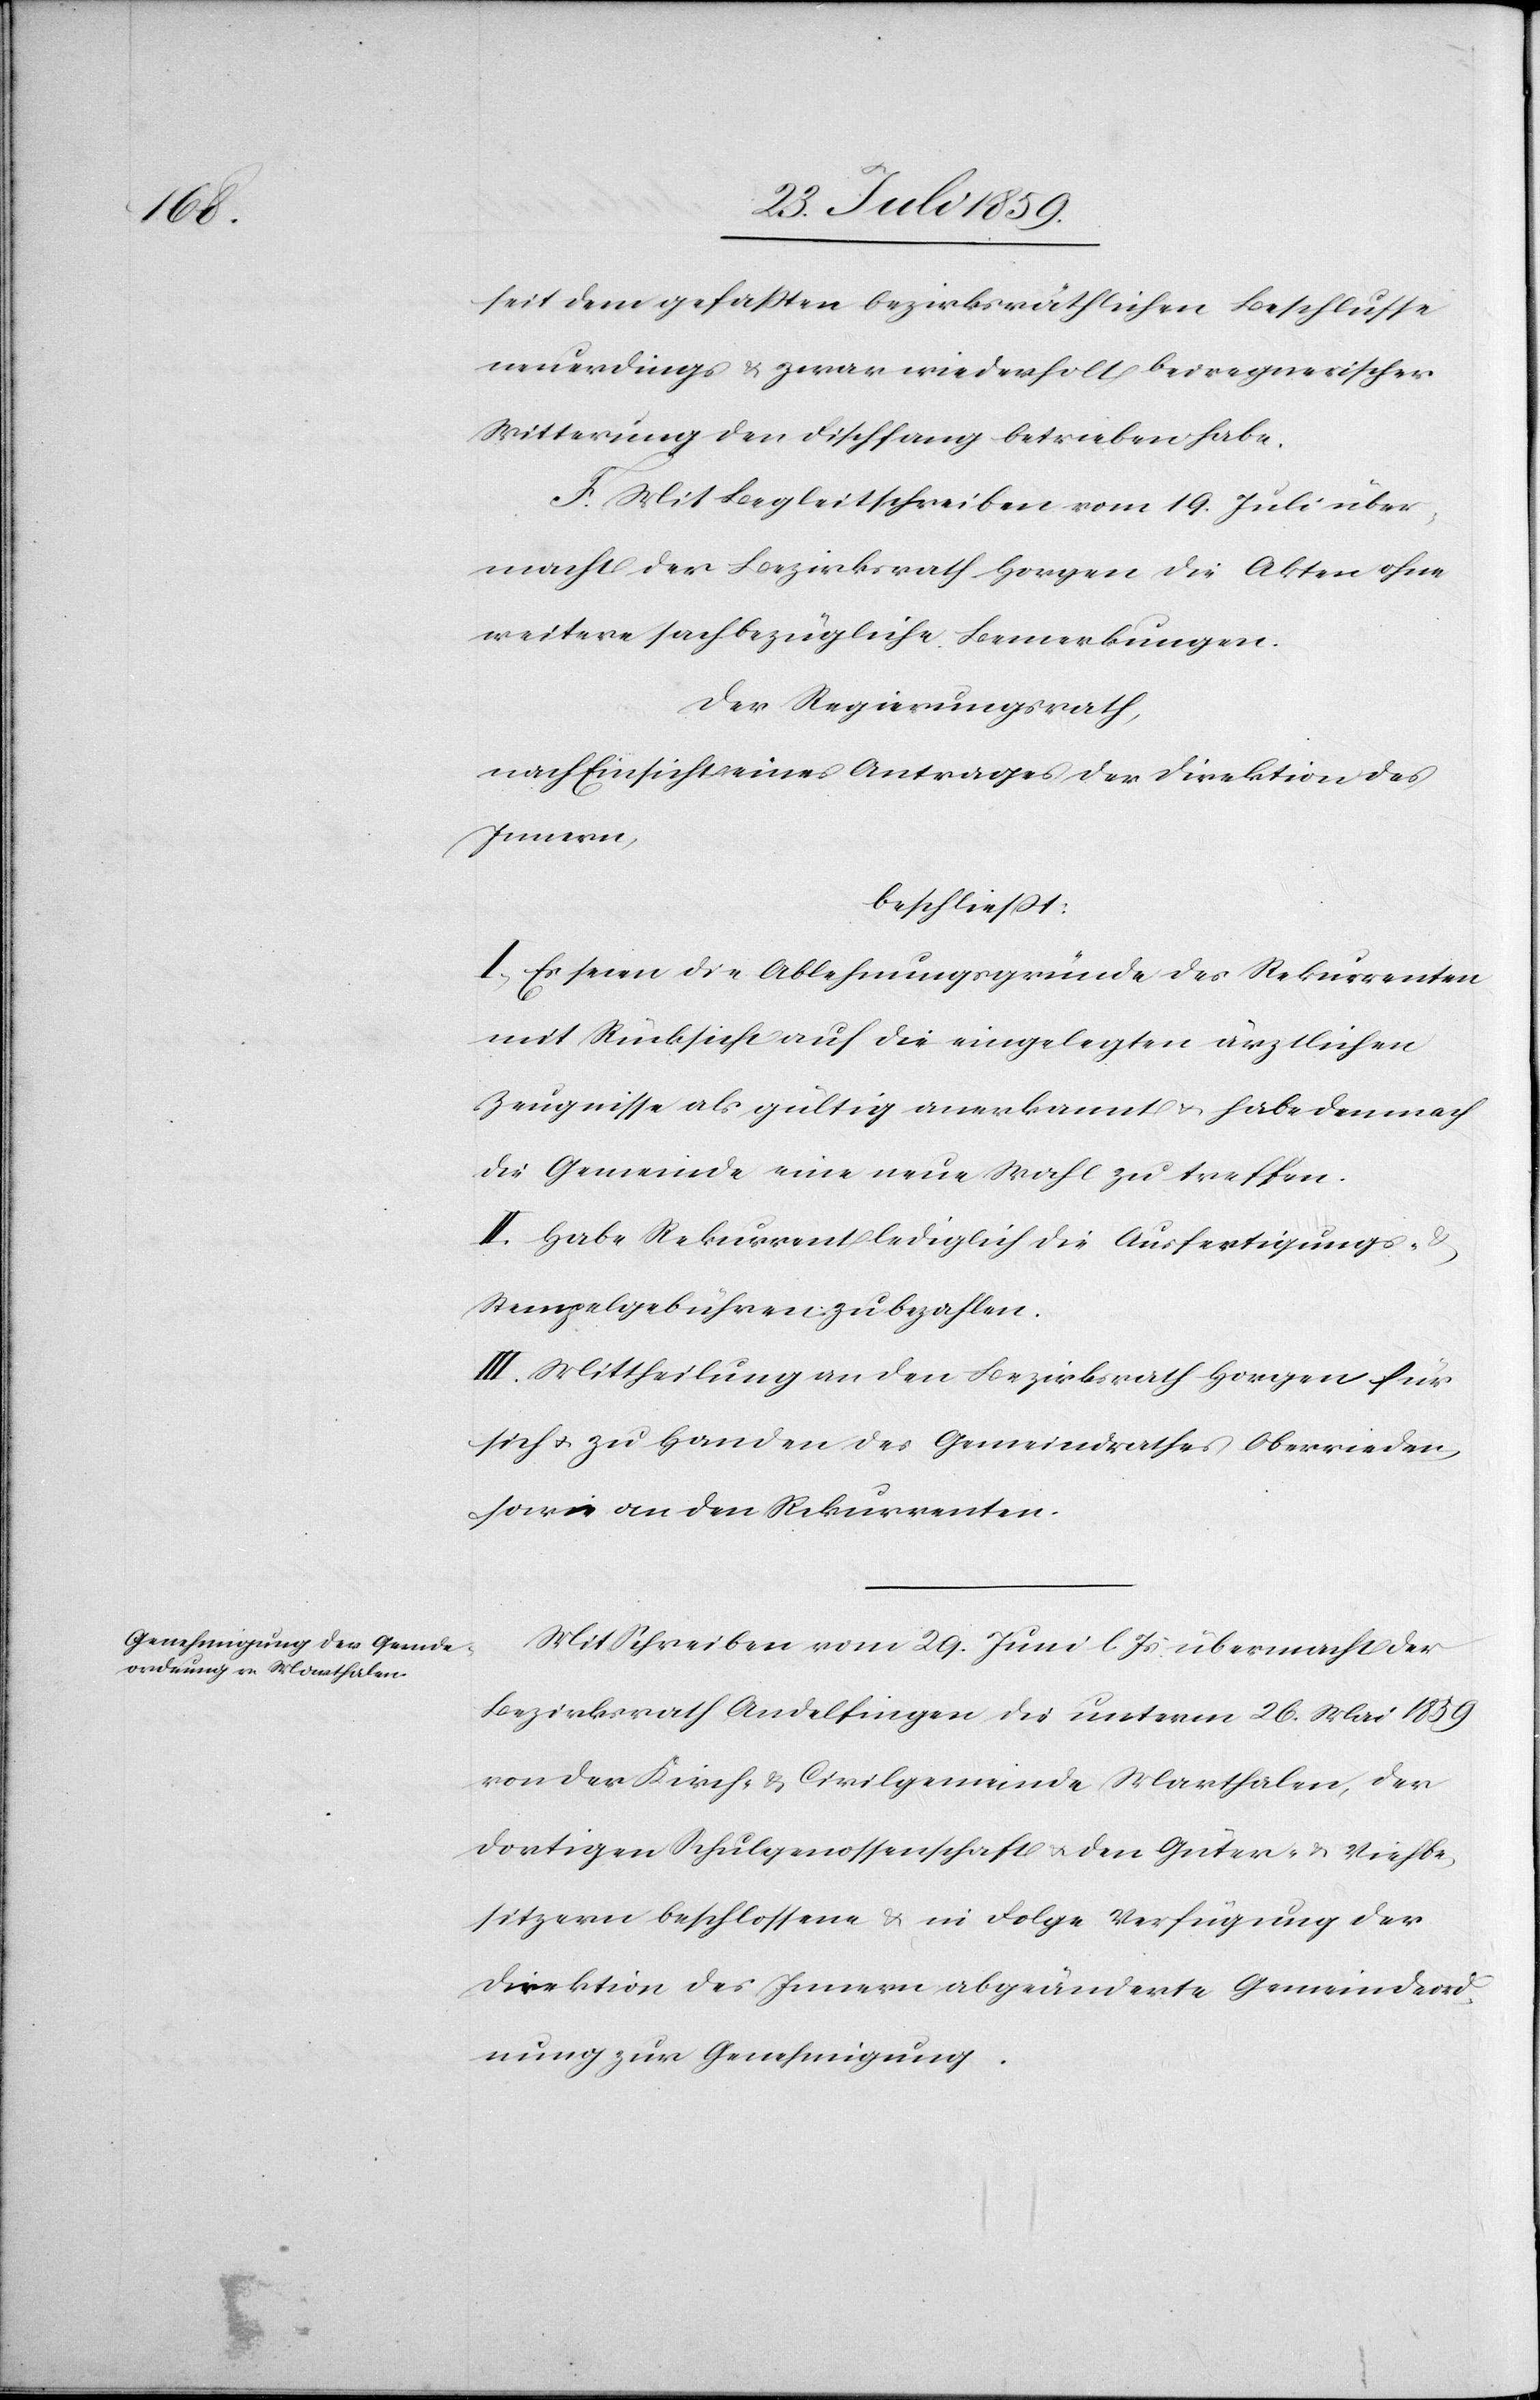
seit dem gefaßten bezirksräthlichen Beschlusse
neuerdings u. zwar wiederholt bei regnerischer
Witterung den Fischfang betrieben habe.
F. Mit Begleitschreiben vom 19. Juli über¬
macht der Bezirksrath Horgen die Akten ohne
weitere sachbezügliche Bemerkungen.
Der Regierungsrath,
nach Einsicht eines Antrages der Direktion des
Innern,
beschließt:
I. Es seien die Ablehnungsgründe des Rekurrenten
mit Rücksicht auf die eingelegten ärztlichen
Zeugnisse als gültig anerkannt u. habe demnach
die Gemeinde eine neue Wahl zu treffen.
II. Habe Rekurrent lediglich die Ausfertigungs- u.
Stempelgebühren zu bezahlen.
III. Mittheilung an den Bezirksrath Horgen für
sich u. zu Handen des Gemeindrathes Oberrieden
sowie an den Rekurrenten.
Mit Schreiben vom 29. Juni l. Js. übermacht der
Bezirksrath Andelfingen die unterm 26. Mai 1859
von der Kirch- u. Civilgemeinde Marthalen, der
dortigen Schulgenossenschaft u. den Güter- u. Viehbe¬
sitzern beschlossene u. in Folge Verfügung der
Direktion des Innern abgeänderte Gemeindeord¬
nung zur Genehmigung.